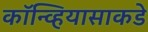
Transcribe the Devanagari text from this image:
कॉन्व्हियासाकडे